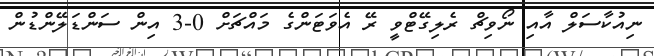
ނިއުކާސަލް އާއި ނޯވިޗް ރެލިގޭޓްވީ ރޭ އެވަޓަންގެ މައްޗަށް 0-3 އިން ސަންޑަލޭންޑުން